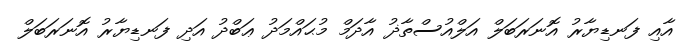
އާއި ފަނޑިޔާރު އޮނަރަބަލް އަލްއުސްތާޛު އާދަމް މުޙައްމަދު ޢަބްދު އަދި ފަނޑިޔާރު އޮނަރަބަލް